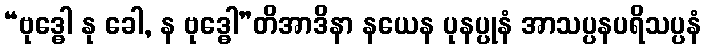
“ဗုဒ္ဓေါ နု ခေါ, န ဗုဒ္ဓေါ”တိအာဒိနာ နယေန ပုနပ္ပုနံ အာသပ္ပနပရိသပ္ပနံ